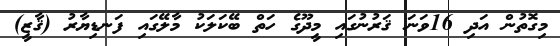
މިގޮތުން އަދި 16ވަނަ ޤަރުނުގައި މީދޫގެ ހަތް ބޭކަލަކު މާލޭގައި ފަނޑިޔާރު (ޤާޒީ)